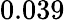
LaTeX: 0.039